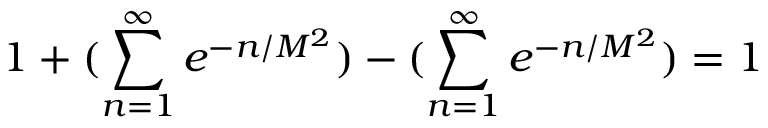
1 + ( \sum _ { n = 1 } ^ { \infty } e ^ { - n / M ^ { 2 } } ) - ( \sum _ { n = 1 } ^ { \infty } e ^ { - n / M ^ { 2 } } ) = 1